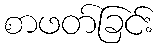
စာဖတ်ခြင်း